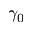
\gamma _ { 0 }